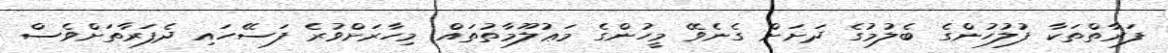
ފަރާތްތަކާ ފުލުހުންގެ ބެލުމުގެ ދަށަށް ގެނެވޭ މީހުންގެ މަޢުލޫމާތުތައް މިހާރަށްވުރެ ފަސޭހައި ދެފަރާތަށްވެސް